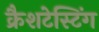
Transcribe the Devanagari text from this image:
क्रैशटेस्टिंग